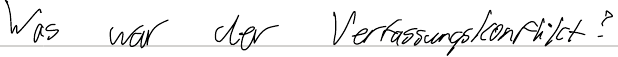
Was war der Verfassugnskonflikt?